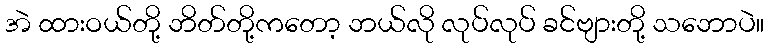
အဲ ထားဝယ်တို့ ဘိတ်တို့ကတော့ ဘယ်လို လုပ်လုပ် ခင်ဗျားတို့ သဘောပဲ။